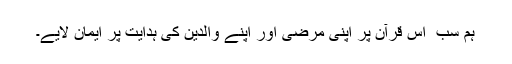
ہم سب ‌ اس قرآن پر اپنی مرضی اور اپنے والدین کی ہدایت پر ایمان لایے۔